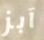
آبز